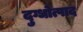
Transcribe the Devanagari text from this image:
दुग्धोत्पाद